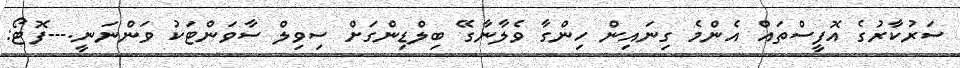
ސަރުކާރުގެ އޮފީސްތައް އެންމެ ގިނައިން ހިންގާ ވެލާނާގޭ ބިލްޑިންގަށް ސިވިލް ސާވަންޓަކު ވަންނަނީ.---ފޮޓޯ: